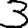
Digit: 3